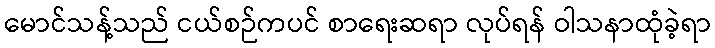
မောင်သန့်သည် ငယ်စဉ်ကပင် စာရေးဆရာ လုပ်ရန် ဝါသနာထုံခဲ့ရာ